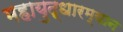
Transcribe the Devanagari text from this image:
महायुद्धारम्यान